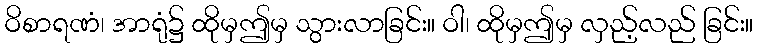
ဝိစာရဏံ၊ အာရုံ၌ ထိုမှဤမှ သွားလာခြင်း။ ဝါ၊ ထိုမှဤမှ လှည့်လည် ခြင်း။